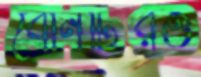
বোনটিরও